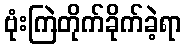
ဗုံးကြဲတိုက်ခိုက်ခဲ့ရာ